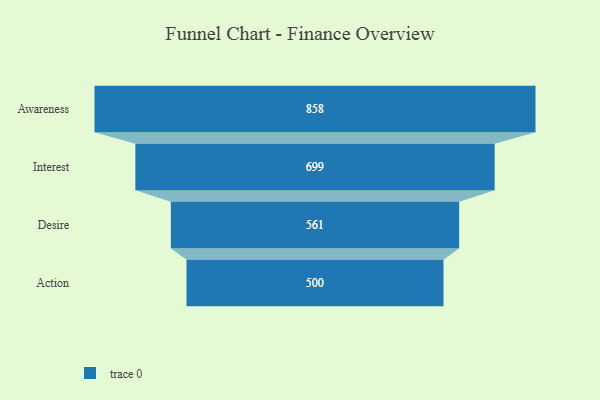
{"axis": {"x": "Stage", "y": "Value"}, "legend": [""], "data": [{"x": "Awareness", "y": 858.0, "type": ""}, {"x": "Interest", "y": 699.0, "type": ""}, {"x": "Desire", "y": 561.0, "type": ""}, {"x": "Action", "y": 500, "type": ""}]}